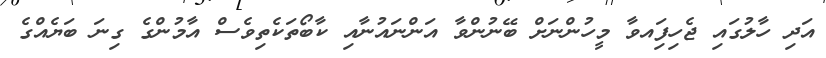
އަދި ހާލުގައި ޖެހިފަިއވާ މީހުންނަށް ބޭނުންވާ އަންނައުނާއި ކާބޯތަކެތިވެސް އާމުންގެ ގިނަ ބަޔެއްގެ